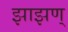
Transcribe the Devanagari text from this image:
झाझण्